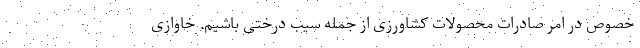
خصوص در امر صادرات محصولات کشاورزی از جمله سیب درختی باشیم. خاوازی